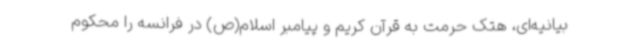
بیانیه‌ای، هتک حرمت به قرآن کریم و پیامبر اسلام(ص) در فرانسه را محکوم